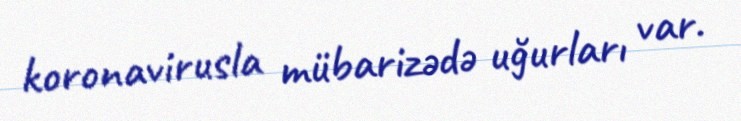
koronavirusla mübarizədə uğurları var.